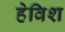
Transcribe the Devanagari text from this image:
हेविश